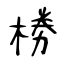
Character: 椦